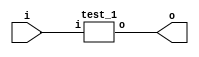
module test (
    input wire [7 : 0] i,
    output wire [7 : 0] o
);
test_1 anon_1(.i(i[7:0]), .o(o[7:0]));
endmodule
module test_1 (
    input wire [7 : 0] i,
    output wire [7 : 0] o
);
m_1_1 anon_1_1(.i(i[7:0]), .o(o[7:0]));
endmodule
module m_1_1 (
    input wire [7 : 0] i,
    output wire [7 : 0] o
);
draw_binary_arithm__1_1_1 anon_1_1_1(.i(i[7:0]), ._tmp(o[7:0]));
endmodule
module draw_binary_arithm__1_1_1 (
    input wire [7 : 0] i,
    output wire [7 : 0] _tmp
);
assign _tmp = (i[7:0]) + (i[7:0]);
endmodule